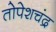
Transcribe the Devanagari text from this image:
तोपेशचंद्र